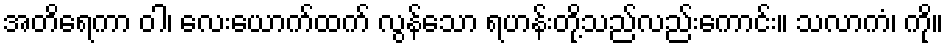
အတိရေကာ ဝါ၊ လေးယောက်ထက် လွန်သော ရဟန်းတို့သည်လည်းကောင်း။ သလာကံ၊ ကို။